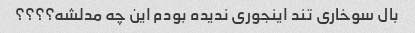
بال سوخاری تند اینجوری ندیده بودم این چه مدلشه؟؟؟؟